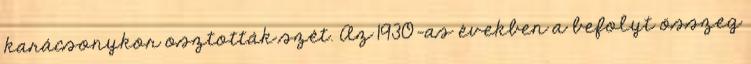
karácsonykor osztották szét. Az 1930-as években a befolyt összeg